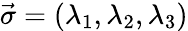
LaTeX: \vec{\sigma}=(\lambda_{1},\lambda_{2},\lambda_{3})